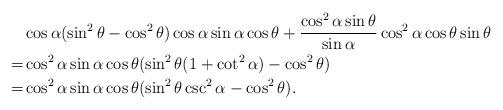
LaTeX: \begin{align*}&\cos \alpha (\sin^2\theta - \cos^2\theta) \cos\alpha \sin\alpha \cos\theta + \frac{\cos^2\alpha \sin\theta}{\sin \alpha} \cos^2\alpha \cos\theta \sin \theta \\ =& \cos^2\alpha \sin\alpha \cos\theta(\sin^2\theta(1+\cot^2 \alpha) - \cos^2\theta)\\ =& \cos^2\alpha \sin\alpha \cos\theta (\sin^2\theta \csc^2 \alpha - \cos^2\theta).\end{align*}